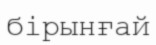
бірынғай